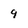
Character: 9